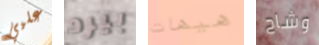
عليي بيرد هيهات وشاح